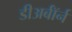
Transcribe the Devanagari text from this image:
डीअर्बॉर्न